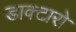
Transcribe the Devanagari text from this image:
डाक्टारो